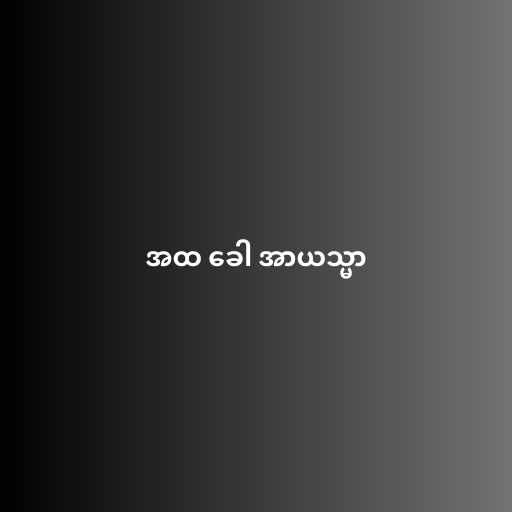
အထ ခေါ အာယသ္မာ